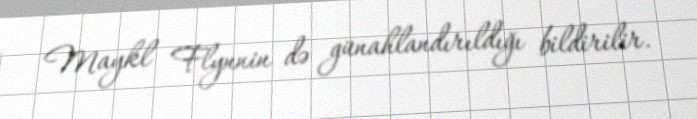
Maykl Flynnin də günahlandırıldığı bildirilir.